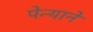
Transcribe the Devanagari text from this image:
पेन्याने